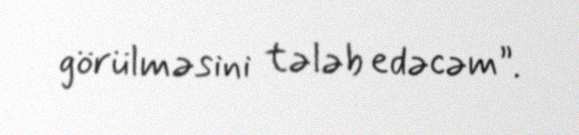
görülməsini tələb edəcəm”.